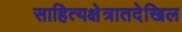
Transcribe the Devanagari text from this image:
साहित्यक्षेत्रातदेखिल